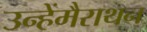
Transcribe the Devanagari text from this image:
उन्हेंमैराथन